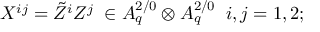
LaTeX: X ^ { i j } = \tilde { Z } ^ { i } Z ^ { j } \; \in A _ { q } ^ { 2 / 0 } \otimes A _ { q } ^ { 2 / 0 } \; \; i , j = 1 , 2 ;